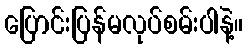
ပြောင်းပြန်မလုပ်စမ်းပါနဲ့။